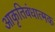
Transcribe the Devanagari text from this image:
आकृतिबंधात्मक